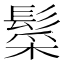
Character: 䰂